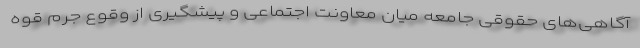
آگاهی‌های حقوقی جامعه میان معاونت اجتماعی و پیشگیری از وقوع جرم قوه